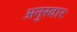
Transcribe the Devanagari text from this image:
अनुस्वारः